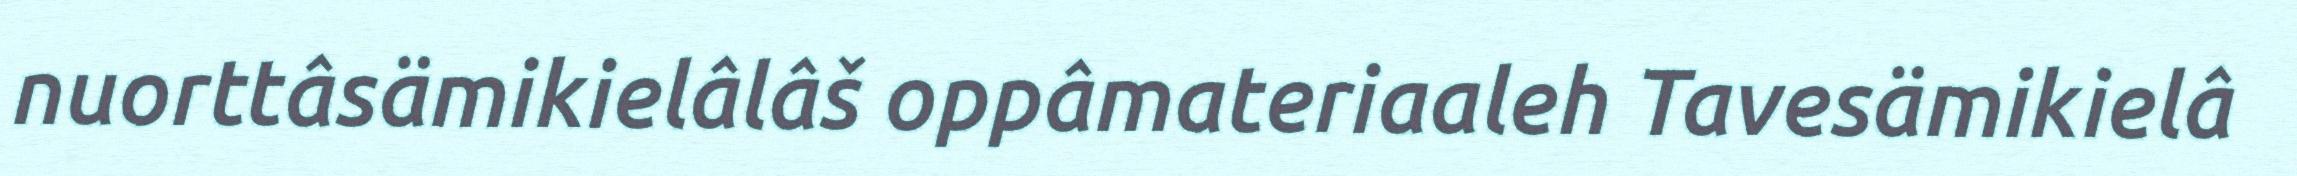
nuorttâsämikielâlâš oppâmateriaaleh Tavesämikielâ